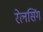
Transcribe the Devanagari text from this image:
रेलसिंग